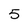
Character: 5